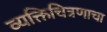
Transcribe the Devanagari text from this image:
व्यक्तिचित्रणाचा